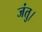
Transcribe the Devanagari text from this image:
जंतु।